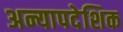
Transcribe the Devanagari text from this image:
अन्यापदेशिक